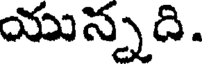
యున్నది.